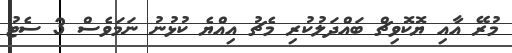
މުރޭ އާއި ޔޮކޮވިޗް ބައްދަލުކުރި މެޗު އިއްޔެ ކުޅުނު ނަމަވެސް 3 ސެޓު